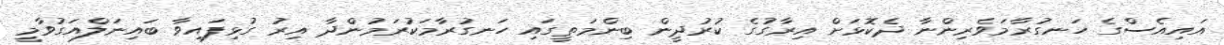
އައިއެސްގެ ހަނގުރާމަވެރިންނާ ދެކޮޅަށް އިރާގުގެ ކުރުދީން ބިންމަތީގައި ހަނގުރާމަކުރަމުންދާ އިރު ގުޅިފައިވާ ބައިނަލްއަގުވާމީ